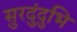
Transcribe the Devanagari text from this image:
सुरदुंदुभि